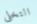
التخلى